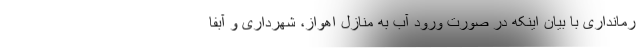
رمانداری با بیان اینکه در صورت ورود آب به منازل اهواز، شهرداری و آبفا